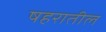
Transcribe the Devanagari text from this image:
षहरातील